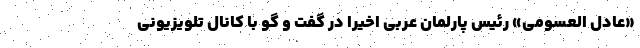
«عادل العسومی» رئیس پارلمان عربی اخیرا در گفت و گو با کانال تلویزیونی